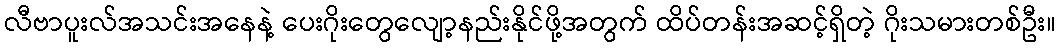
လီဗာပူးလ်အသင်းအနေနဲ့ ပေးဂိုးတွေလျော့နည်းနိုင်ဖို့အတွက် ထိပ်တန်းအဆင့်ရှိတဲ့ ဂိုးသမားတစ်ဦး။